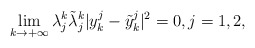
\begin{align*}\lim_{k\to +\infty}\lambda^k_j\tilde{\lambda}^k_j|y_k^j - \tilde{y}_k^j|^2 = 0, j = 1, 2,\end{align*}